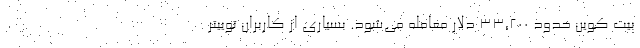
بیت کوین حدود ۳۳,۲۰۰ دلار معامله می‌شود. بسیاری از کاربران توییتر